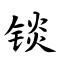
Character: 锬